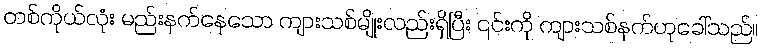
တစ်ကိုယ်လုံး မည်းနက်နေသော ကျားသစ်မျိုးလည်းရှိပြီး ၎င်းကို ကျားသစ်နက်ဟုခေါ်သည်။